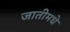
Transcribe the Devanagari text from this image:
जातीमधे